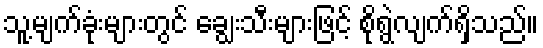
သူ့မျက်ခုံးများတွင် ချွေးသီးများဖြင့် စိုရွဲလျက်ရှိသည်။